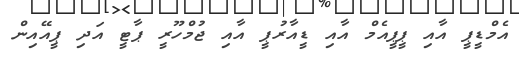
އެމްޑީޕީ އާއި ޕީޕީއެމް އާއި ޑީއާރުޕީ އާއި ޖުމްހޫރީ ޕާޓީ އަދި ޕީއޭއިން